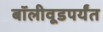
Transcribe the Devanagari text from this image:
बॉलीवूडपर्यंत